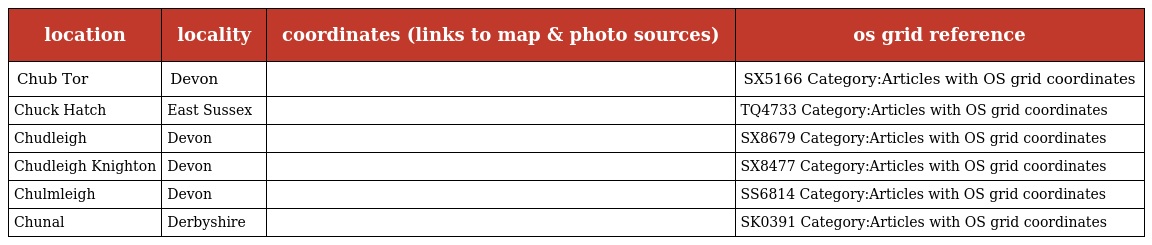
| location | locality | coordinates (links to map & photo sources) | os grid reference |
 | --- | --- | --- | --- |
 | Chub Tor | Devon |  | SX5166 Category:Articles with OS grid coordinates |
 | Chuck Hatch | East Sussex |  | TQ4733 Category:Articles with OS grid coordinates |
 | Chudleigh | Devon |  | SX8679 Category:Articles with OS grid coordinates |
 | Chudleigh Knighton | Devon |  | SX8477 Category:Articles with OS grid coordinates |
 | Chulmleigh | Devon |  | SS6814 Category:Articles with OS grid coordinates |
 | Chunal | Derbyshire |  | SK0391 Category:Articles with OS grid coordinates |